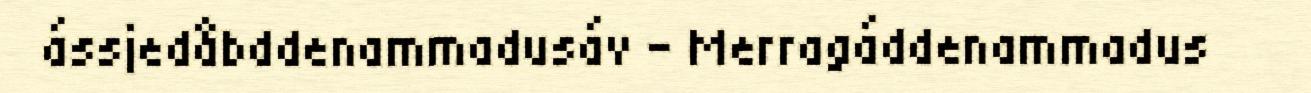
ássjedåbddenammadusáv – Merragáddenammadus